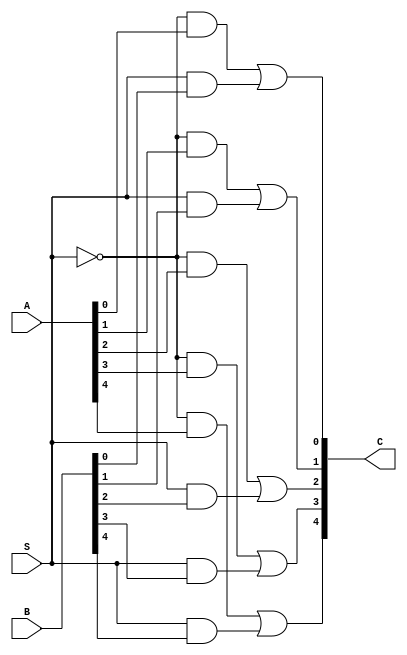
module two_one_multi (S, A, B, C);
  input wire S;
  input [4:0] A, B;
  output [4:0] C;

  wire notS, notSandA0, SandB0, notSandA1, SandB1, notSandA2, SandB2, notSandA3, SandB3, notSandA4, SandB4;

  not #1 g1(notS,S);

  and #2 g2_1(notSandA0,notS,A[0]);
  and #2 g2_2(SandB0,S,B[0]);
  or  #2 g3_1(C[0],notSandA0,SandB0); //output 1

  and #2 g2_3(notSandA1,notS,A[1]);
  and #2 g2_4(SandB1,S,B[1]);
  or  #2 g3_2(C[1],notSandA1,SandB1); //output 2

  and #2 g2_5(notSandA2,notS,A[2]);
  and #2 g2_6(SandB2,S,B[2]);
  or  #2 g3_3(C[2],notSandA2,SandB2); //output 3

  and #2 g2_7(notSandA3,notS,A[3]);
  and #2 g2_8(SandB3,S,B[3]);
  or  #2 g3_4(C[3],notSandA3,SandB3); //output 4

  and #2 g2_9(notSandA4,notS,A[4]);
  and #2 g2_10(SandB4,S,B[4]);
  or  #2 g3_5(C[4],notSandA4,SandB4); //output 5

endmodule